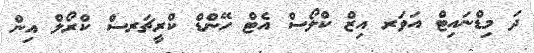
ދަ މިޑްނައިޓް އަވަރ އިޒް ކްލޯސް އެޓް ހޭންޑް ކްރީޗަރސް ކްރޯލް އިން